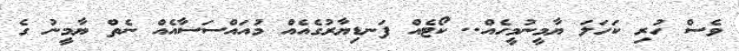
ވެސް ހުރި ކަހަލަ ޔާމީނުމީހެއް.. ކޯޓެއް ފަނޑިޔާރުގެއެއް މުއައްސަސާއެއް ނެތް ޔާމީނު ގެ